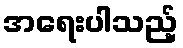
အရေးပါသည့်